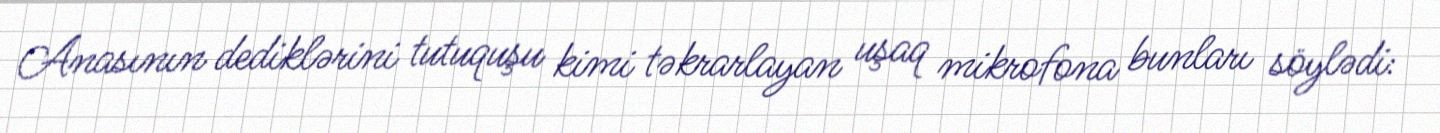
Anasının dediklərini tutuquşu kimi təkrarlayan uşaq mikrofona bunları söylədi: